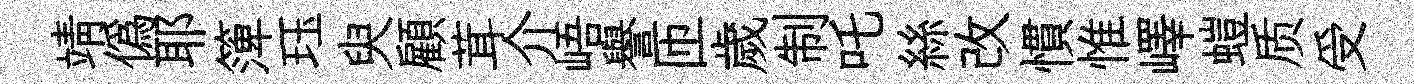
靖僞耶𥱼珏臾顧茸介峿譽匝歲制吒絲改慣惟嶧螘质受